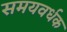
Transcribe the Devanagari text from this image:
समयवर्धक